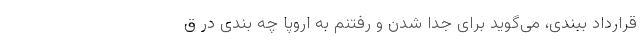
قرارداد ببندی، می‌گوید برای جدا شدن و رفتنم به اروپا چه بندی در ق